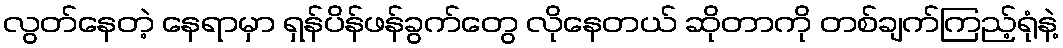
လွတ်နေတဲ့ နေရာမှာ ရှန်ပိန်ဖန်ခွက်တွေ လိုနေတယ် ဆိုတာကို တစ်ချက်ကြည့်ရုံနဲ့